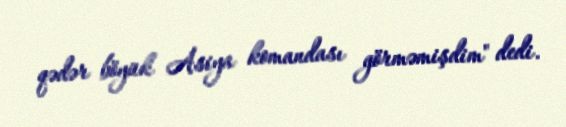
qədər böyük Asiya komandası görməmişdim" dedi.